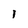
Character: 1